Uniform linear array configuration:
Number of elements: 8
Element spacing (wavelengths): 0.25
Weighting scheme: hann
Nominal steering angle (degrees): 60
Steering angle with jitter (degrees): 60.059
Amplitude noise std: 0.05
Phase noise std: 0.05

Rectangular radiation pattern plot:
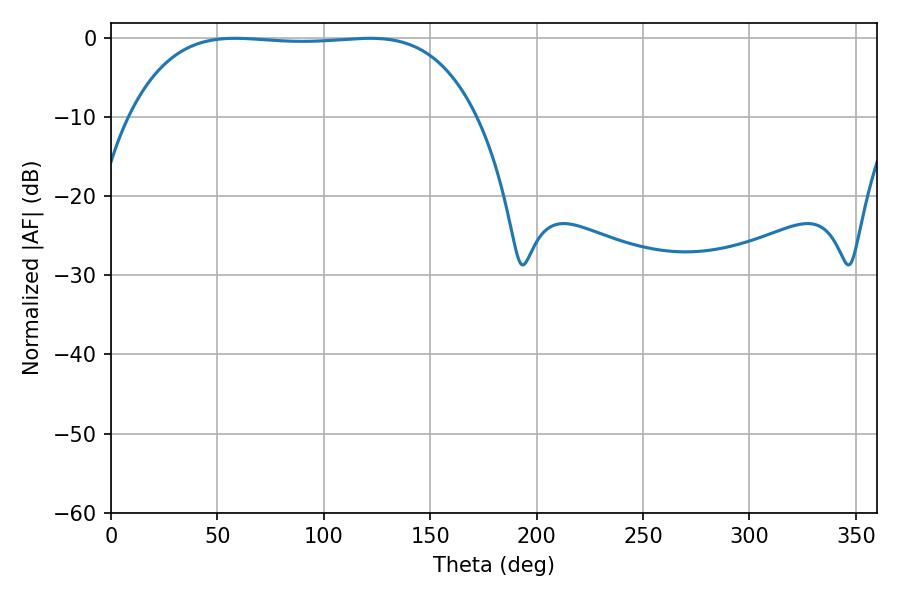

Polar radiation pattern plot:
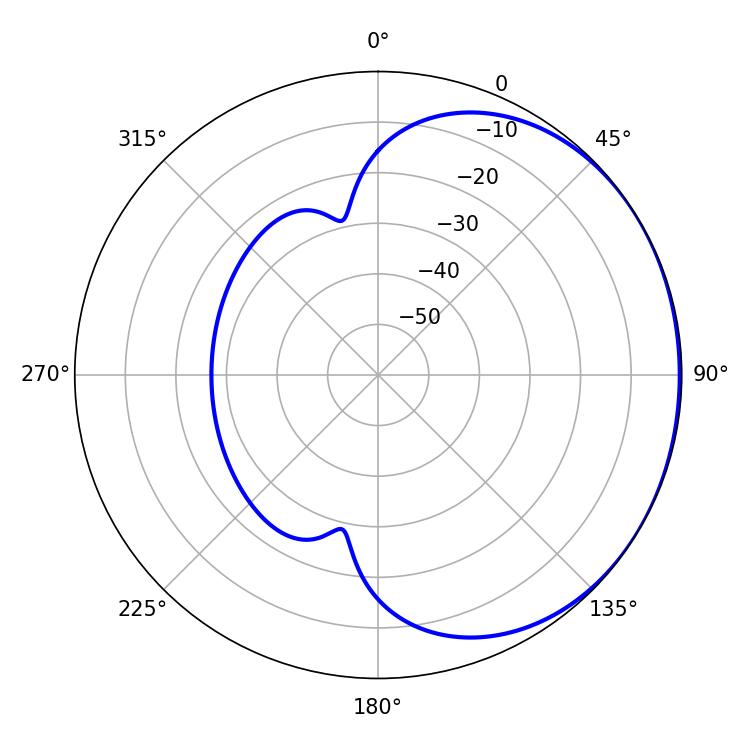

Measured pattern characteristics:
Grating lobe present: FALSE
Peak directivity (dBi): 0.719
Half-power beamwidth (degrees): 127.44
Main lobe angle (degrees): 58.32